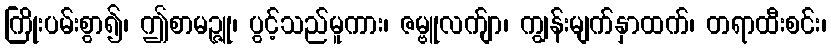
ကြိုးပမ်းစွာ၍၊ ဤစာမဉ္ဇူ၊ ပွင့်သည်မူကား၊ ဇမ္ဗူလက်ျာ၊ ကျွန်းမျက်နှာထက်၊ တရာထီးစင်း၊